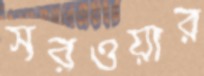
সরওয়ার